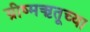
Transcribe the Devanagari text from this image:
ग्रीष्मऋतूच्या